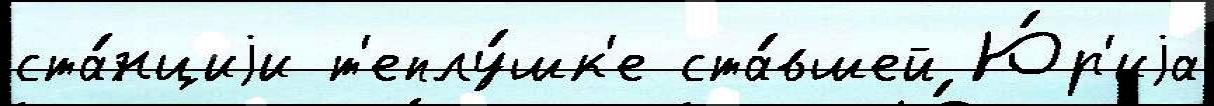
ста́нциjи т'еплу́шк'е ста́вшей Ю́р'иjа